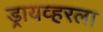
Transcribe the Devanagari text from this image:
ड्रायव्हरला